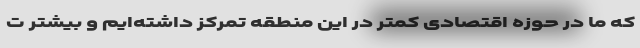
که ما در حوزه اقتصادی کمتر در این منطقه تمرکز داشته‌ایم و بیشتر ت